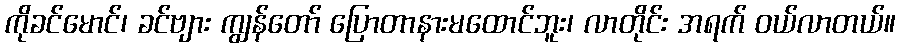
ကိုခင်မောင်၊ ခင်ဗျား ကျွန်တော် ပြောတာနားမထောင်ဘူး၊ လာတိုင်း အရက် ဝယ်လာတယ်။